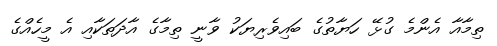
ތިމާއާ އެންމެ ގުޅޭ ހަޔާތުގެ ބައިވެރިޔަކު ވާނީ ތިމާގެ އާދަތަކާއި އެ މީހެއްގެ